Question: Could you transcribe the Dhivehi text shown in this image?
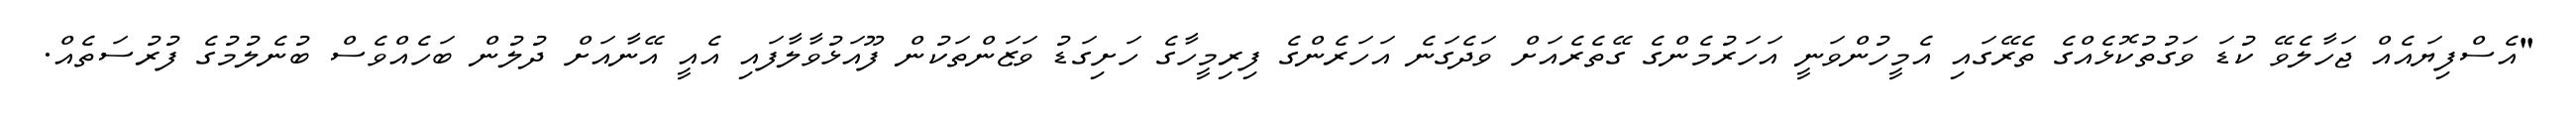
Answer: "އެސްފިޔައެއް ޖަހާލެވޭ ކުޑަ ވަގުތުކޮޅެއްގެ ތެރޭގައި އެމީހުންވަނީ އަހަރުމެންގެ ގޭތެރެއަށް ވަދެގަނެ އަހަރެންގެ ފިރިމީހާގެ ހަށިގަޑު ވަޒަންތަކުން ފޫއަޅުވާލާފައި އެއީ އޭނާއަށް ދުލުން ބަހެއްވެސް ބުނެލުމުގެ ފުރުސަތެއް.